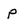
Character: p